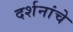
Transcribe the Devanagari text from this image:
दर्शनांचे